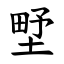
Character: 㙒